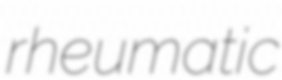
rheumatic